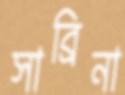
সাব্রিনা